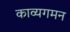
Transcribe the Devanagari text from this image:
काव्यगमन